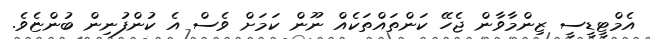
އެމްޓީޑީސީ ޒިންމާވާން ޖެހޭ ކަންތައްތަކެއް ނޫން ކަމަށް ވެސް އެ ކުންފުނިން ބުންޏެވެ.